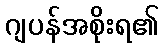
ဂျပန်အစိုးရ၏